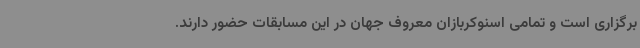
برگزاری است و تمامی اسنوکربازان معروف جهان در این مسابقات حضور دارند.